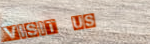
Visit Us